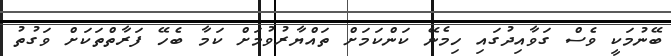
ބޭނުމަކީ ވެސް ގަވާއިދުގައި ހިމެނޭ ކަންކަމަށް ތައްޔާރުވުމަށް ކަމާ ބެހޭ ފަރާތްތަކަށް ވަގުތު